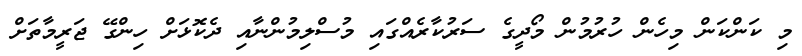
މި ކަންކަން މިހެން ހުރުމުން މޯދީގެ ސަރުކާރެއްގައި މުސްލިމުންނާއި ދެކޮޅަށް ހިންގޭ ޖަރީމާތަށް